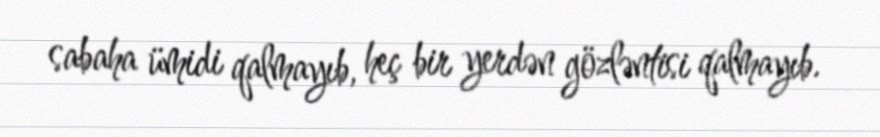
sabaha ümidi qalmayıb, heç bir yerdən gözləntisi qalmayıb.